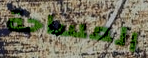
المساحة